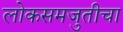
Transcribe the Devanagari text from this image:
लोकसमजुतीचा